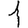
Digit: 1